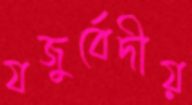
যজুর্বেদীয়